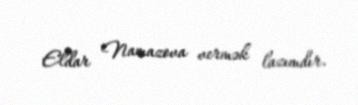
Eldar Namazova vermək lazımdır.